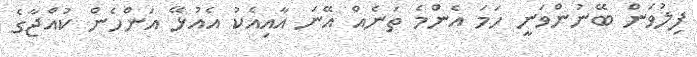
ފިލުވަން ބޭނުންވަނީ ހަމަ އެންމެ ތަނެއް އޭނަ އާއިއެކު އެއުޅޭ އަންހެން ކުއްޖާގެ